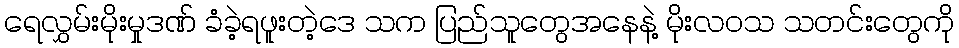
ရေလွှမ်းမိုးမှုဒဏ် ခံခဲ့ရဖူးတဲ့ဒေ သက ပြည်သူတွေအနေနဲ့ မိုးလဝသ သတင်းတွေကို